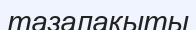
тазалақыты